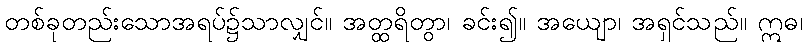
တစ်ခုတည်းသောအရပ်၌သာလျှင်။ အတ္ထရိတွာ၊ ခင်း၍။ အယျော၊ အရှင်သည်။ ဣဓ၊